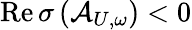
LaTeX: \mathrm{Re}\, \sigma\left(\mathcal{A}_{U,\omega}\right)<0